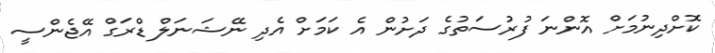
ކޮށްދިނުމަށް އޮންނަ ފުރުސަތުގެ ދަށުން އެ ކަމަށް އެދި ނޭޝަނަލް ޑްރަގް އޭޖެންސީ